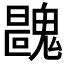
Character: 𩳺